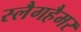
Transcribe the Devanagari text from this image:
स्लैगहैमर